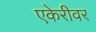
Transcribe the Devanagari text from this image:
एकेरीवर